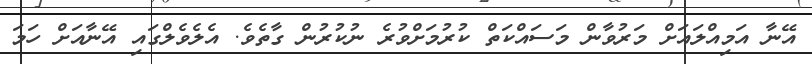
އޭނާ އަމިއްލައަށް މަރުވާން މަސައްކަތް ކުރުމަށްވުރެ ނުކުރުން ގާތެވެ. އެލެވެލްގައި އޭނާއަށް ހަމަ